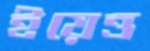
ইয়েত্ত